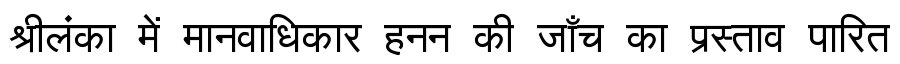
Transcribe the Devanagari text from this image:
श्रीलंका में मानवाधिकार हनन की जाँच का प्रस्ताव पारित